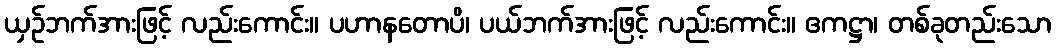
ယှဉ်ဘက်အားဖြင့် လည်းကောင်း။ ပဟာနတောပိ၊ ပယ်ဘက်အားဖြင့် လည်းကောင်း။ ဧကဋ္ဌာ၊ တစ်ခုတည်းသော